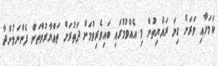
ކަމަށާއި ވަރަށް ގިނަ ރައްޔިތުން މި އެއްވުމުގައި ބައިވެރިވުމަށް ދަތުރަށް ތައްޔާރުވާތަން ފެންނަމުންދާ